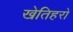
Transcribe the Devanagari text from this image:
खेतिहरों